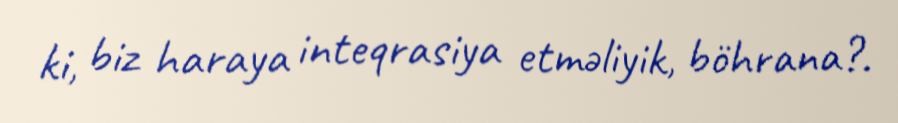
ki, biz haraya inteqrasiya etməliyik, böhrana?.